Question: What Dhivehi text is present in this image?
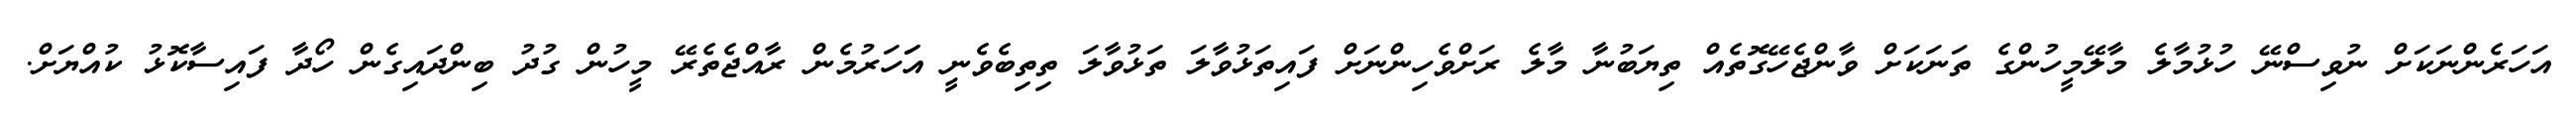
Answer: އަހަރެންނަކަށް ނުވިސްނޭ ހުޅުމާލެ މާލޭމީހުންގެ ތަނަކަށް ވާންޖެހޭގޮތެއް ތިޔަބުނާ މާލެ ރަށްވެހިންނަށް ފައިތަޅުވާލަ ތަޅުވާލަ ތިތިބެވެނީ އަަހަރުމެން ރާއްޖެތެރޭ މީހުން ގުދު ބިންދައިގެން ހޯދާ ފައިސާކޮޅު ކުއްޔަށް.